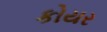
કોયર